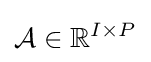
{\mathcal {A}}\in \mathbb {R} ^{I\times P}